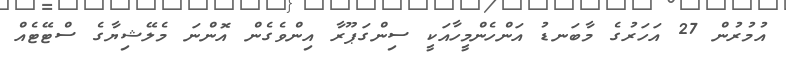
އުމުރުން 27 އަހަރުގެ މާބަނޑު އަންހެންމީހާއަކީ ސިންގަޕޫރާ އިންވެގެން އޮންނަ މެލޭޝިޔާގެ ސްޓޭޓެއް